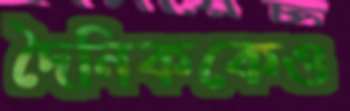
দৈনিককেও